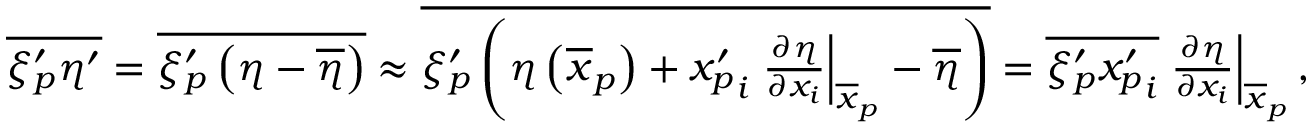
\begin{array} { r } { \overline { { \xi _ { p } ^ { \prime } \eta ^ { \prime } } } = \overline { { \xi _ { p } ^ { \prime } \left( \eta - \overline { { \eta } } \right) } } \approx \overline { { \xi _ { p } ^ { \prime } \left( \eta \left( \overline { { \boldsymbol x } } _ { p } \right) + { x _ { p } ^ { \prime } } _ { i } \left. \frac { \partial \eta } { \partial x _ { i } } \right| _ { \overline { { \boldsymbol x } } _ { p } } - \overline { { \eta } } \right) } } = \overline { { \xi _ { p } ^ { \prime } { x _ { p } ^ { \prime } } _ { i } } } \left. \frac { \partial \eta } { \partial x _ { i } } \right| _ { \overline { { \boldsymbol x } } _ { p } } , } \end{array}